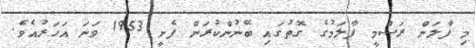
މި ފާލަން ރަސްމީ ފާލަމުގެ ގޮތުގައި ބޭނުންކުރަން ފެށީ 1953 ވަނަ އަހަރުއެވެ.